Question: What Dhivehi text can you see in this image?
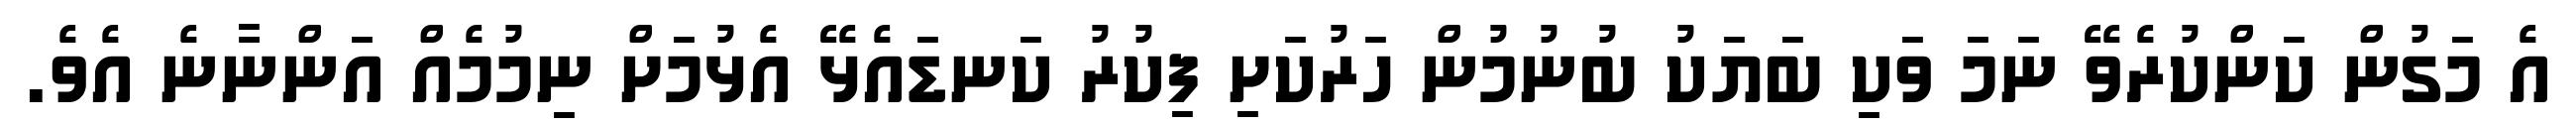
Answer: އެ މަގުން ކަންކުރެވޭ ނަމަ ވަކި ބަޔަކު ބުނުމުން ހަރުކަށި ފިކުރު ކަނޑައެޅޭ އެޅުމަށް ނިމުމެއް އަންނާނެ އެވެ.